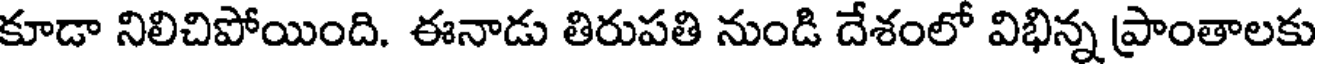
కూడా నిలిచిపోయింది. ఈనాడు తిరుపతి నుండి దేశంలో విభిన్న ప్రాంతాలకు